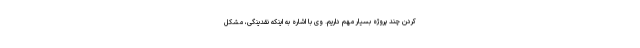
کردن چند پروژه بسیار مهم داریم. وی با اشاره به اینکه نقدینگی، مشکل